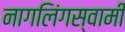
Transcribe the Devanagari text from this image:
नागलिंगस्वामी